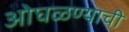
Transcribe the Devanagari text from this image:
ओघळण्याची